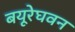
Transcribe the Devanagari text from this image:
बयूरेघवन